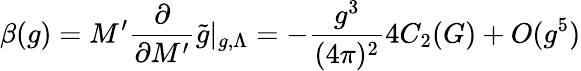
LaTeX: \beta(g)=M^{\prime}\frac{\partial}{\partial M^{\prime}}\tilde{g}|_{g,\Lambda}=-\frac{g^{3}}{(4\pi)^{2}}4C_{2}(G)+O(g^{5})